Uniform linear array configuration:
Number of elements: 24
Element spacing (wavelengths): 0.5
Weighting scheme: blackman
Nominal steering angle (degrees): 45
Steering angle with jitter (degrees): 44.099
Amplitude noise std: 0.05
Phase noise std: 0.05

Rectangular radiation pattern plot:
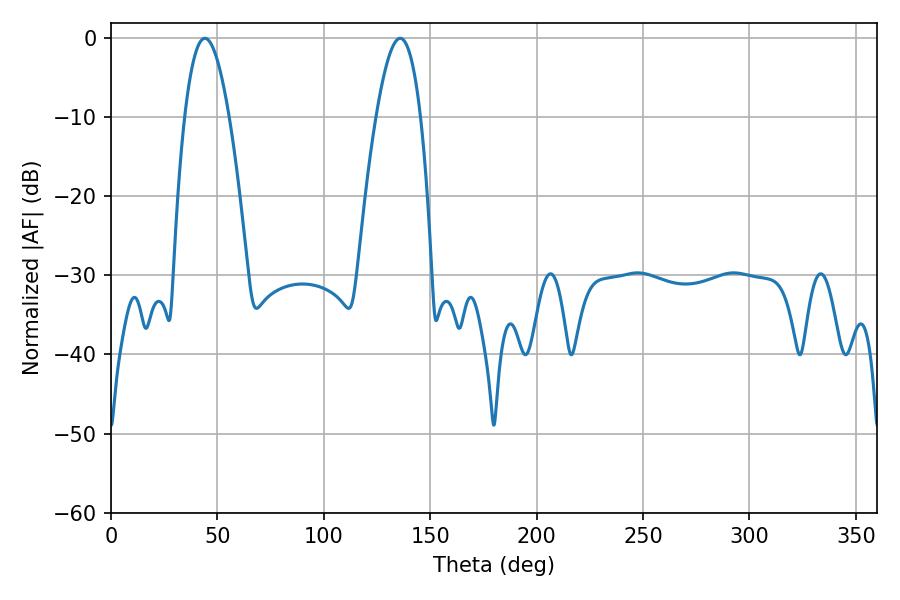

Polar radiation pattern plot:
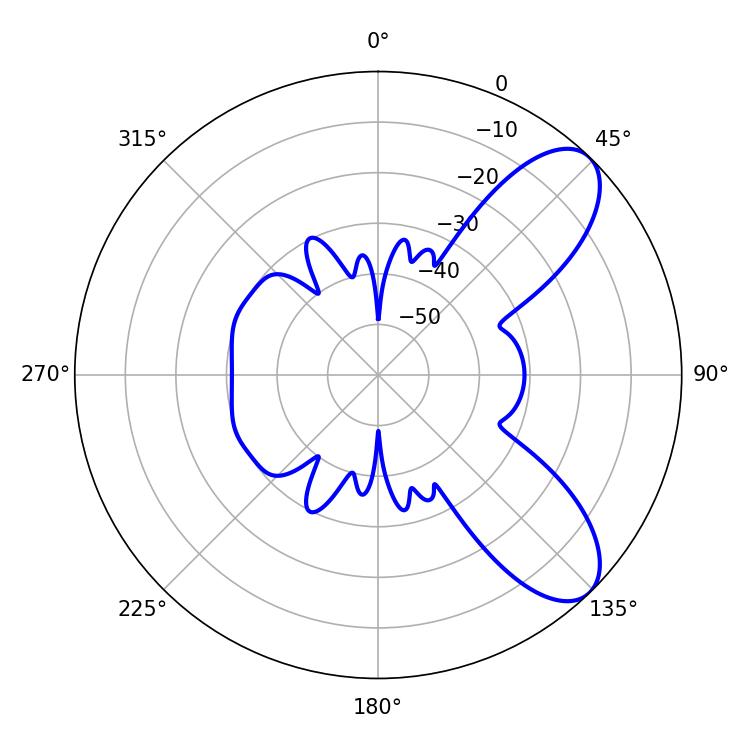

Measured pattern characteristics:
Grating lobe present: FALSE
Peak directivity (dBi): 8.239
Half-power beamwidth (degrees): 11.34
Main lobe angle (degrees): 44.1